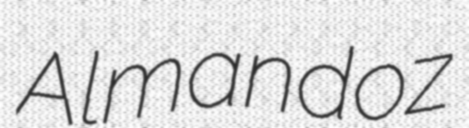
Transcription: Almandoz